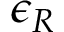
\epsilon _ { R }